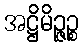
အဋ္ဌိမိဉ္ဇဉ္စ